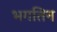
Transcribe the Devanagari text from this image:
भगतिन